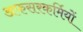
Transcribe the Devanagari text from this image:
अफसरकर्मियों